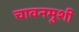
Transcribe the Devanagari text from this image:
चावनमुशी